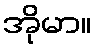
အိုမာ။